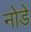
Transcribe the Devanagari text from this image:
नोडे